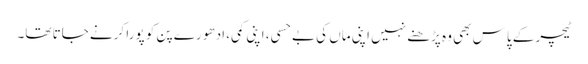
ٹیچر کے پاس بھی وہ پڑھنے نہیں اپنی ماں کی بے حسی، اپنی کمی، ادھو رے پن کو پورا کرنے جاتا تھا۔